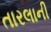
તારલાની